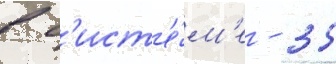
в с'ист'е́м'е - 35